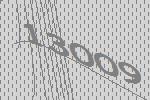
13009